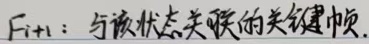
$F_{i + 1}$：与该状态关联的关键帧.